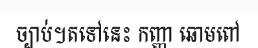
ច្បាប់។តទៅនេះ កញ្ញា ឆោមពៅ